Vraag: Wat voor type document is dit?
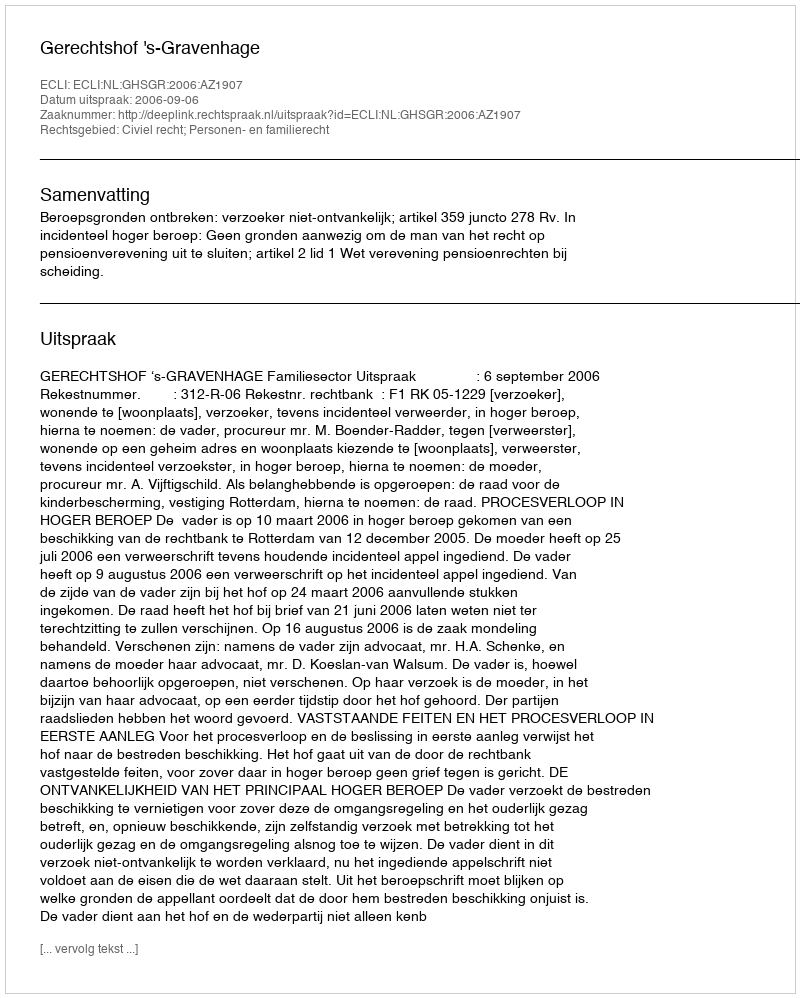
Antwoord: Uitspraak